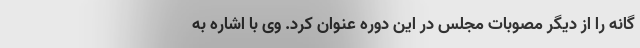
گانه را از دیگر مصوبات مجلس در این دوره عنوان کرد. وی با اشاره به